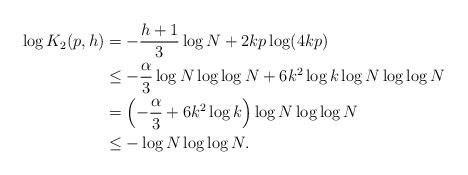
LaTeX: \begin{align*} \log K_2(p,h)&=-\frac{h+1}{3}\log N+2kp \log (4kp)\\ &\leq -\frac{\alpha}{3}\log N \log \log N +6 k^2 \log k \log N \log \log N\\ &=\left(-\frac{\alpha}{3} +6 k^2 \log k\right)\log N \log \log N\\ &\leq -\log N \log \log N.\end{align*}